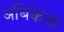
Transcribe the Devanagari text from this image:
अंबिकेला